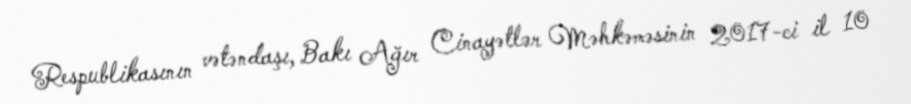
Respublikasının vətəndaşı, Bakı Ağır Cinayətlər Məhkəməsinin 2017-ci il 10